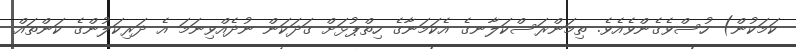
ކަމަކުން) ހުސްވެގެންވެއެވެ. ތިމަންރަސްކަލާނގެ އެކަމަނާގެ ހިތްޕުޅަށް ގަދަކަން ނުދެއްވިނަމަ އެ ދަރިކަލުންގެ ކަންތައް